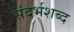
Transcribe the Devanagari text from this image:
संदर्भशब्द